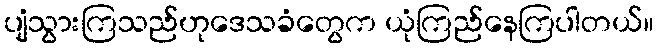
ပျံသွားကြသည်ဟုဒေသခံတွေက ယုံကြည်နေကြပါတယ်။